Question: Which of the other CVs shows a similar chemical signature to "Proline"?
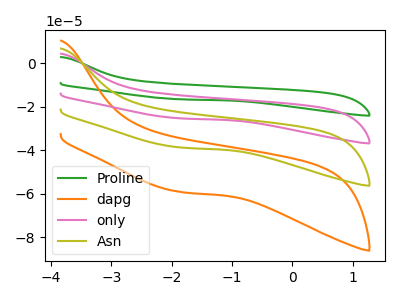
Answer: <think>The green curve "Proline" has no peaks. The orange curve "dapg" has no peaks. The pink curve "only" has no peaks. The olive curve "Asn" has no peaks.
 Neither "Proline" or "dapg" have any peaks. Neither "Proline" or "only" have any peaks. Neither "Proline" or "Asn" have any peaks. Neither "dapg" or "only" have any peaks. Neither "dapg" or "Asn" have any peaks. Neither "only" or "Asn" have any peaks.</think>
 <answer>"Proline", "only" and "Asn" have a similar shape to "dapg".</answer>
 <eval>"Proline" "only" "Asn"</eval>